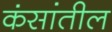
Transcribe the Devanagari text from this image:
कंसांतील